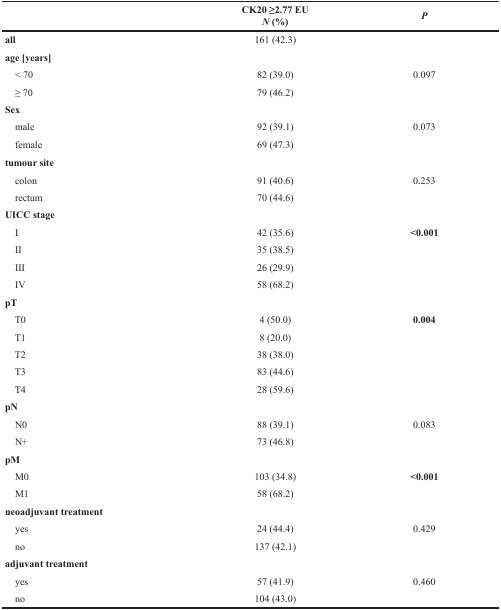
<table><thead><tr><td></td><td><b>CK20 ≥2.77 EU<i>N</i> (%)</b></td><td><b><i>P</i></b></td></tr></thead><tbody><tr><td><b>all</b></td><td>161 (42.3)</td><td></td></tr><tr><td><b>age [years]</b></td><td></td><td></td></tr><tr><td> &lt; 70</td><td>82 (39.0)</td><td>0.097</td></tr><tr><td> ≥ 70</td><td>79 (46.2)</td><td></td></tr><tr><td><b>Sex</b></td><td></td><td></td></tr><tr><td> male</td><td>92 (39.1)</td><td>0.073</td></tr><tr><td> female</td><td>69 (47.3)</td><td></td></tr><tr><td><b>tumour site</b></td><td></td><td></td></tr><tr><td> colon</td><td>91 (40.6)</td><td>0.253</td></tr><tr><td> rectum</td><td>70 (44.6)</td><td></td></tr><tr><td><b>UICC stage</b></td><td></td><td></td></tr><tr><td> I</td><td>42 (35.6)</td><td><b>&lt;0.001</b></td></tr><tr><td> II</td><td>35 (38.5)</td><td></td></tr><tr><td> III</td><td>26 (29.9)</td><td></td></tr><tr><td> IV</td><td>58 (68.2)</td><td></td></tr><tr><td><b>pT</b></td><td></td><td></td></tr><tr><td> T0</td><td>4 (50.0)</td><td><b>0.004</b></td></tr><tr><td> T1</td><td>8 (20.0)</td><td></td></tr><tr><td> T2</td><td>38 (38.0)</td><td></td></tr><tr><td> T3</td><td>83 (44.6)</td><td></td></tr><tr><td> T4</td><td>28 (59.6)</td><td></td></tr><tr><td><b>pN</b></td><td></td><td></td></tr><tr><td> N0</td><td>88 (39.1)</td><td>0.083</td></tr><tr><td> N+</td><td>73 (46.8)</td><td></td></tr><tr><td><b>pM</b></td><td></td><td></td></tr><tr><td> M0</td><td>103 (34.8)</td><td><b>&lt;0.001</b></td></tr><tr><td> M1</td><td>58 (68.2)</td><td></td></tr><tr><td><b>neoadjuvant treatment</b></td><td></td><td></td></tr><tr><td> yes</td><td>24 (44.4)</td><td>0.429</td></tr><tr><td> no</td><td>137 (42.1)</td><td></td></tr><tr><td><b>adjuvant treatment</b></td><td></td><td></td></tr><tr><td> yes</td><td>57 (41.9)</td><td>0.460</td></tr><tr><td> no</td><td>104 (43.0)</td><td></td></tr></tbody></table>